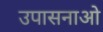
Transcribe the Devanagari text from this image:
उपासनाओ